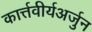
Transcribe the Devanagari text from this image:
कार्त्तवीर्यअर्जुन